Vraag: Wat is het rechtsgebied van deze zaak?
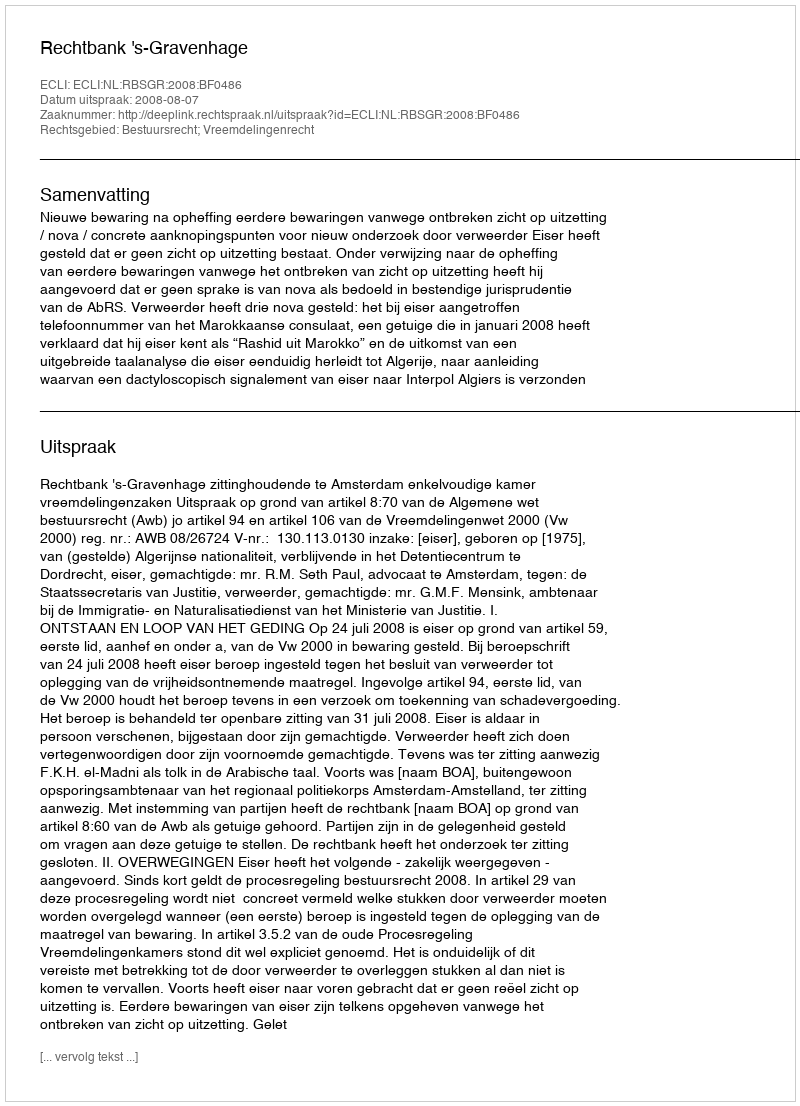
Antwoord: Bestuursrecht; Vreemdelingenrecht